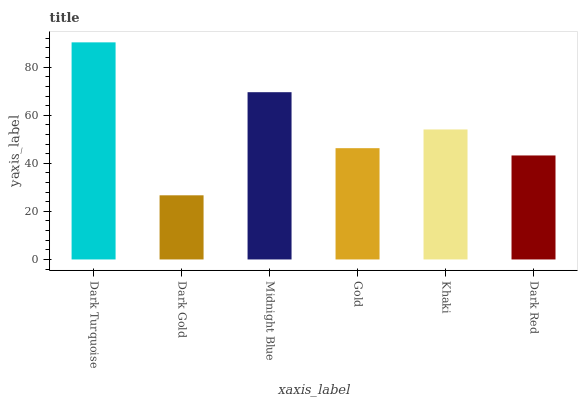
| xaxis_label | bars |
 | --- | --- |
 | Dark Turquoise | 90.3 |
 | Dark Gold | 26.7 |
 | Midnight Blue | 69.6 |
 | Gold | 46.3 |
 | Khaki | 54.1 |
 | Dark Red | 43.3 |